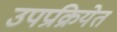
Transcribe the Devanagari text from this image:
उपप्रक्रियेत